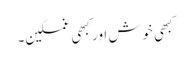
کبھی خوش اور کبھی غمگین۔